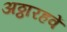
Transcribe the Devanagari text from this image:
अठ्ठारहवें